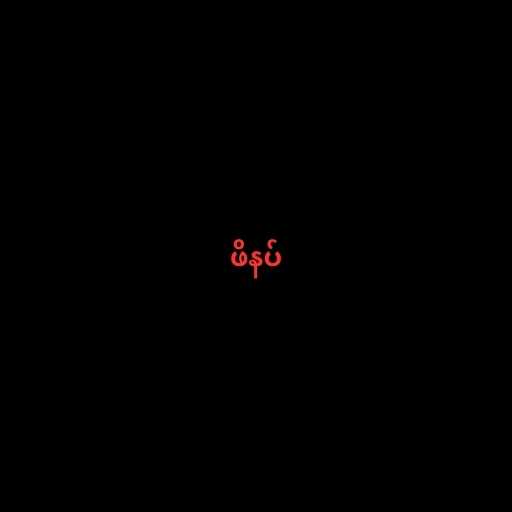
ဖိနပ်